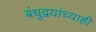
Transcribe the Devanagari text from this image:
बंधुद्वयांच्याही